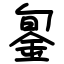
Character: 銞